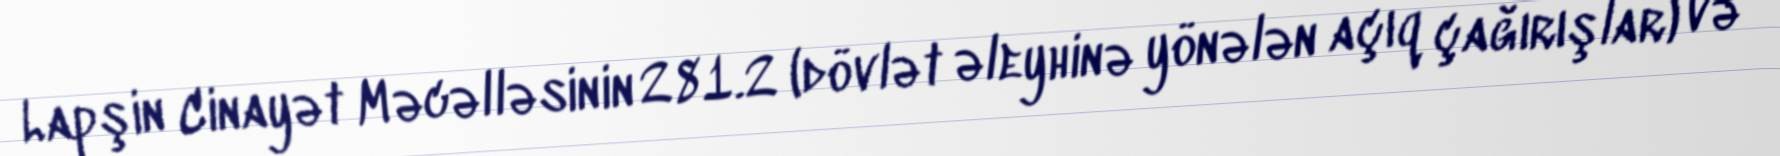
Lapşin Cinayət Məcəlləsinin 281.2 (dövlət əleyhinə yönələn açıq çağırışlar) və